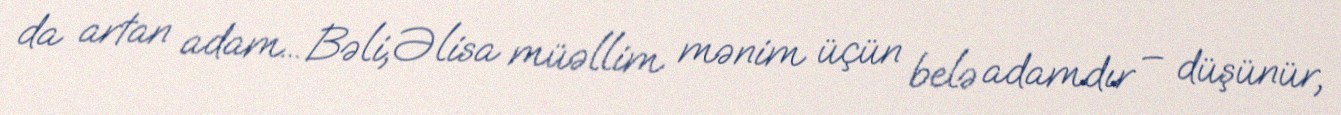
da artan adam... Bəli, Əlisa müəllim mənim üçün belə adamdır – düşünür,